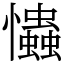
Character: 𢥞